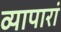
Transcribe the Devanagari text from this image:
व्यापारां